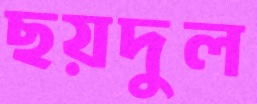
ছয়দুল